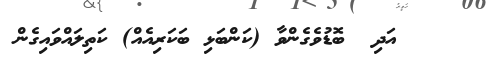
١٠٧    އަދި  ބޮޑުވެގެންވާ (ކަންބަޅި ބަކަރިއެއް) ކަތިލައްވައިގެން